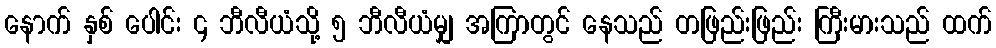
နောက် နှစ် ပေါင်း ၄ ဘီလီယံသို့ ၅ ဘီလီယံမျှ အကြာတွင် နေသည် တဖြည်းဖြည်း ကြီးမားသည် ထက်